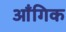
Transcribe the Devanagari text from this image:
आँगिक